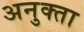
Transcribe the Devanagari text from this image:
अनुक्ता